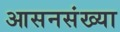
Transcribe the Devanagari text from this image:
आसनसंख्या